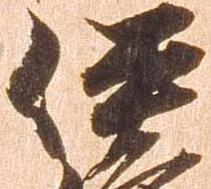
伊